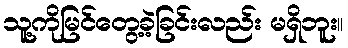
သူ့ကိုမြင်တွေ့ခဲ့ခြင်းလည်း မရှိဘူး။